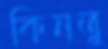
কিনতু